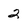
Character: 2